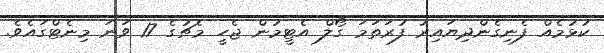
ކުޅުމެއް ފެނިގެންދިޔައިރު ފުރަަތަމަ ގޯލް އެޓީމުން ޖެހީ މެޗުގެ 17 ވަނަ މިނެޓްގައެވެ.